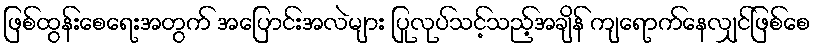
ဖြစ်ထွန်းစေရေးအတွက် အပြောင်းအလဲများ ပြုလုပ်သင့်သည့်အချိန် ကျရောက်နေလျှင်ဖြစ်စေ